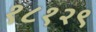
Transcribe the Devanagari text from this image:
१८१२९